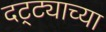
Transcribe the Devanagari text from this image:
दट्ट्याच्या